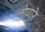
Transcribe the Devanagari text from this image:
लोणारे